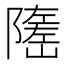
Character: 𡽃